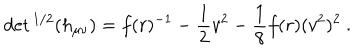
LaTeX: \det { } ^ { 1 / 2 } ( h _ { \mu \nu } ) = f ( r ) ^ { - 1 } - \frac { 1 } { 2 } v ^ { 2 } - \frac { 1 } { 8 } f ( r ) ( v ^ { 2 } ) ^ { 2 } \ .